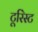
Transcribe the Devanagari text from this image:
टूरिंस्ट